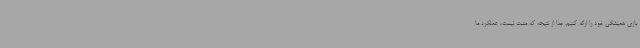
بازی همیشگی خود را ارائه کنیم. جدا از نتیجه که مثبت نیست، عملکرد ما